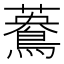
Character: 𪃳